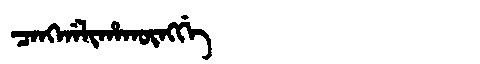
Manchu: ᠴᠠᠩᡤᠠᠯᡳᡥᠠᡴᡡᠩᡤᡝ
Romanization: CANGGALIHAKŪNGGE